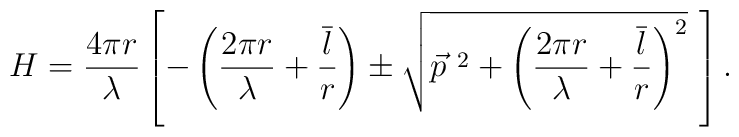
H = {4\pi r     \over \lambda}\left[ - \left( {2\pi r \over \lambda} + {\overline{l} \over r} \right)\pm \sqrt{\vec{p}^{\ 2} +\left( {2\pi r \over \lambda} + {\overline{l} \over r} \right)^{2} }\ \right].